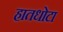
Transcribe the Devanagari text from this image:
हातधोटा